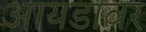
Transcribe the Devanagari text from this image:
आयडावर